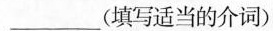
___(填写适当的介词)